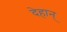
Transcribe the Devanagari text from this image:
देहान्